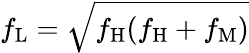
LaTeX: f_{\mathrm{L}}=\sqrt{f_{\mathrm{H}}(f_{\mathrm{H}}+f_{\mathrm{M}})}